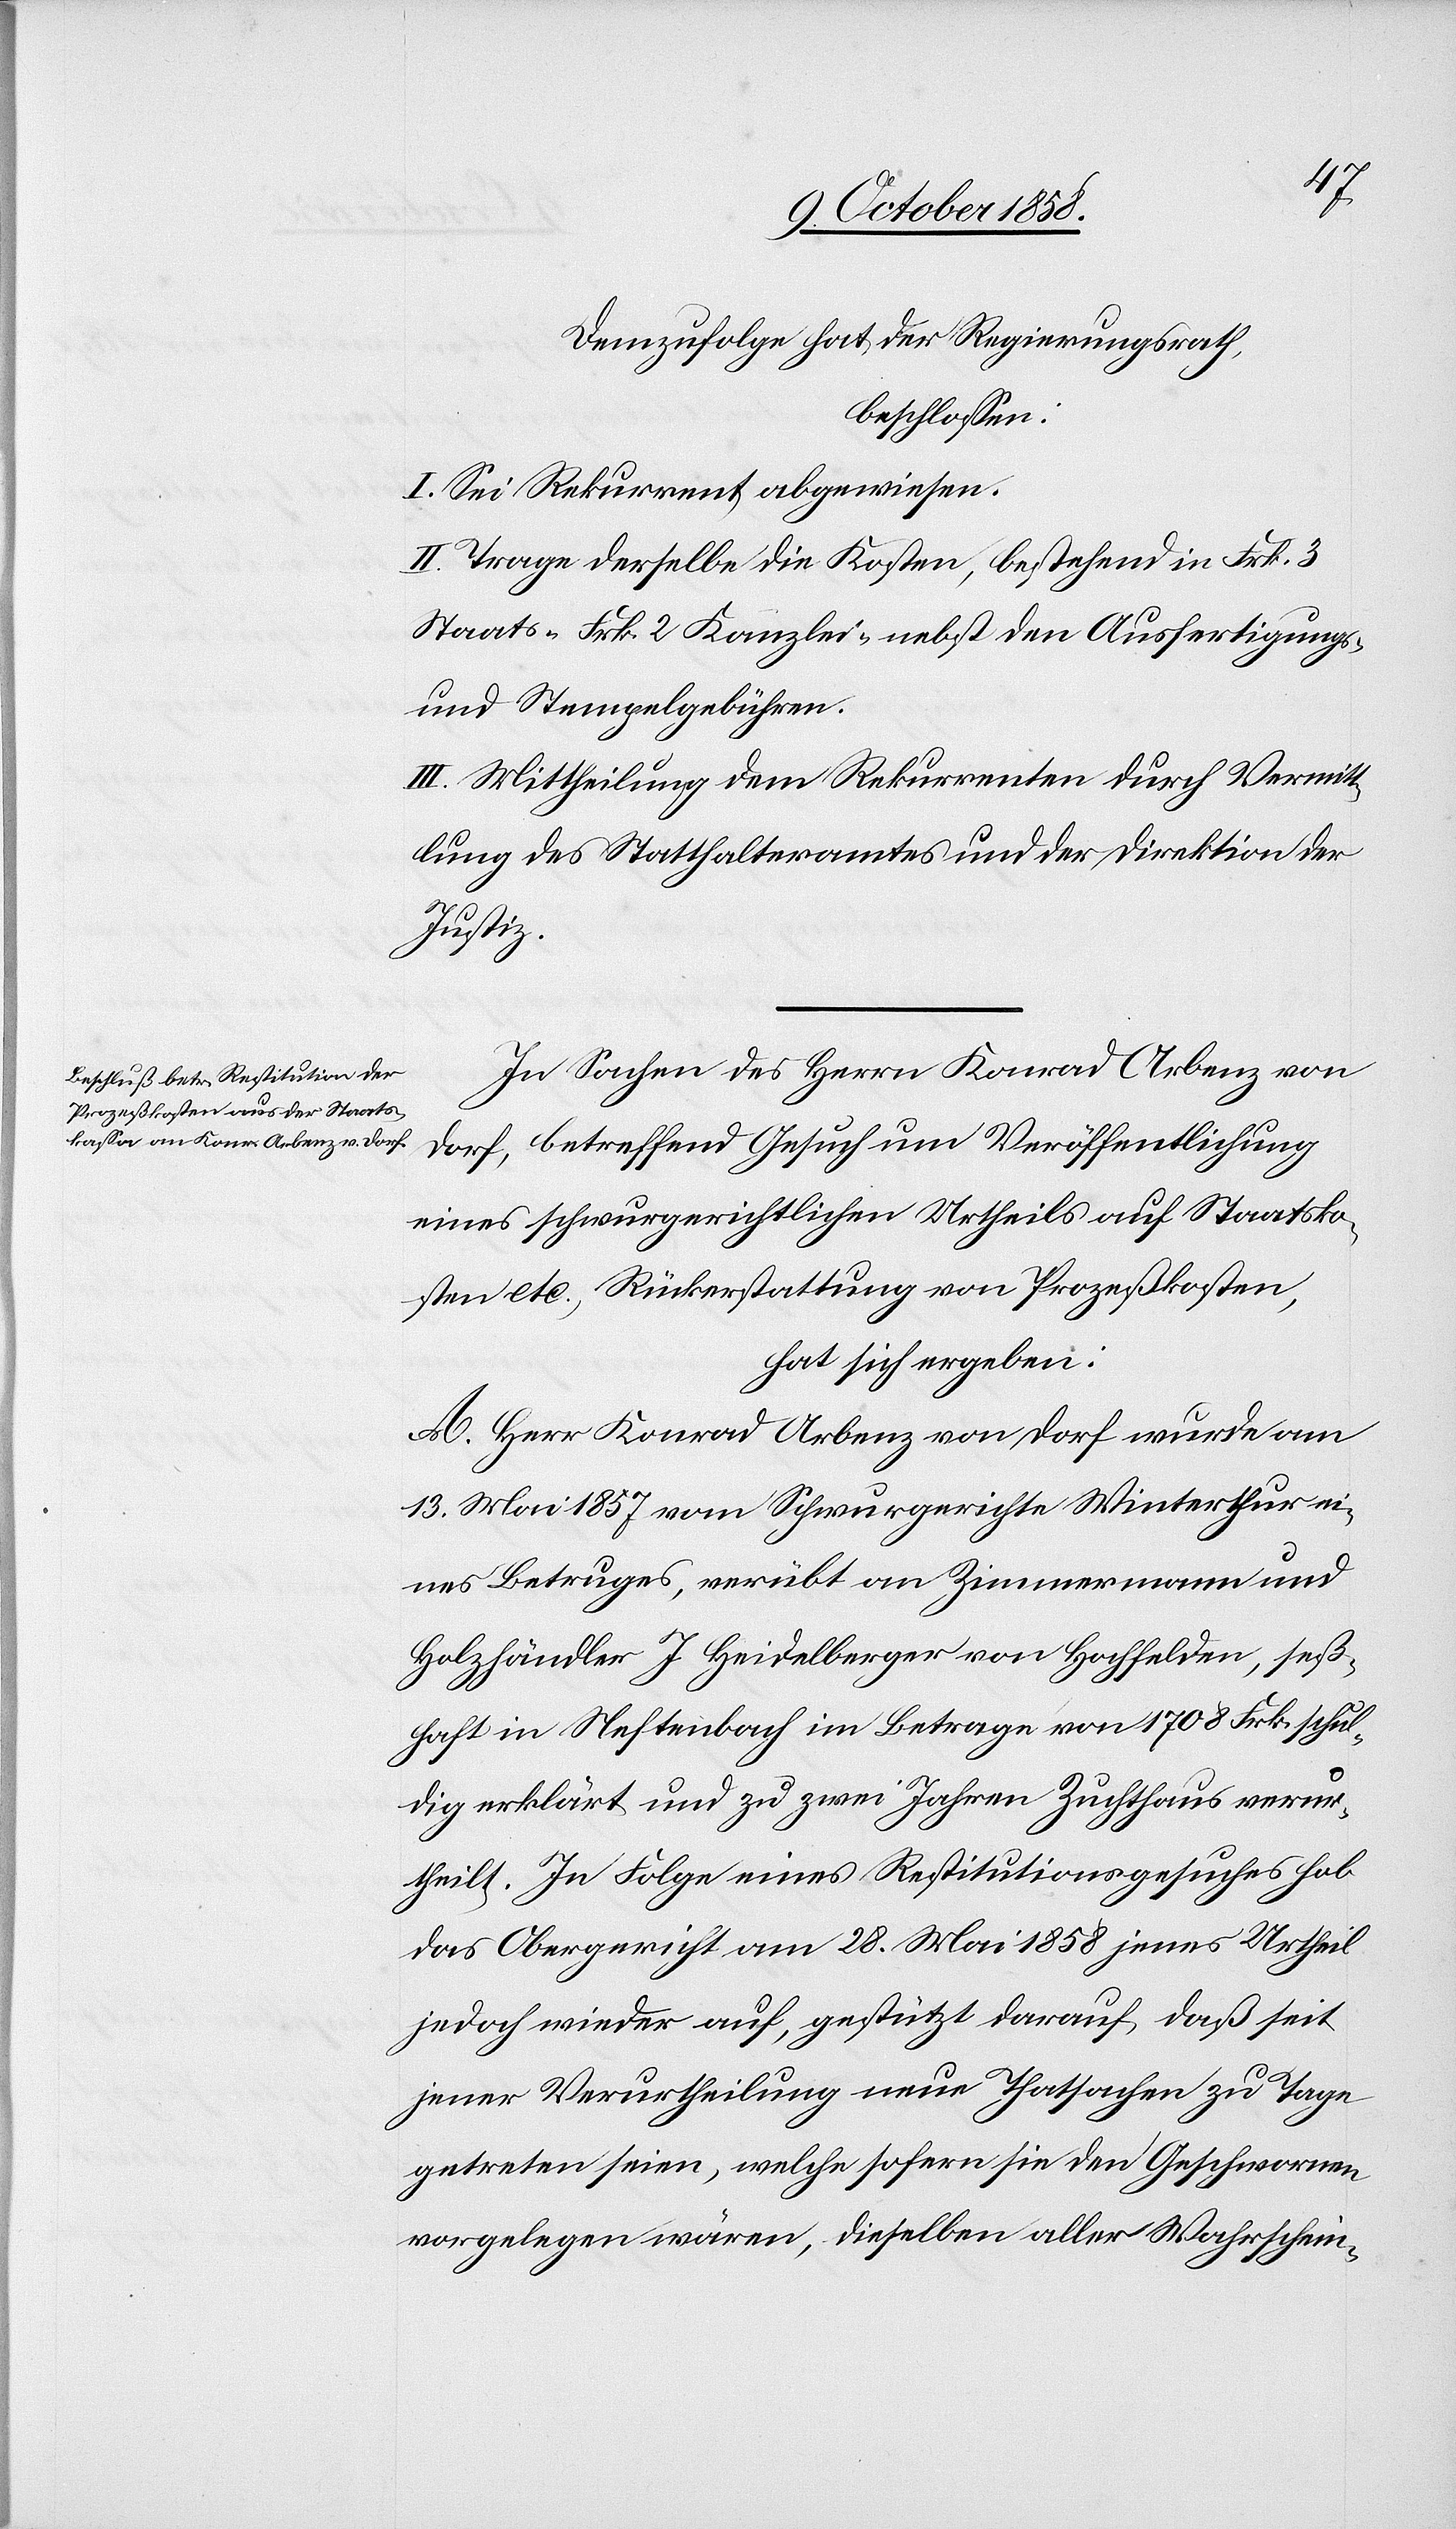
Demzufolge hat der Regierungsrath,
beschlossen:
I. Sei Rekurrent abgewiesen.
II. Trage derselbe die Kosten, bestehend in Frk. 3
Staats-[,] Frk. 2 Kanzlei-[,] nebst den Ausfertigungs-
und Stempelgebühren.
III. Mittheilung dem Rekurrenten durch Vermitt¬
lung des Statthalteramtes und der Direktion der
Justiz.
In Sachen des Herrn Konrad Arbenz von
Dorf, betreffend Gesuch um Veröffentlichung
eines schwurgerichtlichen Urtheils auf Staatsko¬
sten etc., Rückerstattung von Prozeßkosten,
hat sich ergeben:
A. Herr Konrad Arbenz von Dorf wurde am
13. Mai 1857 vom Schwurgerichte Winterthur ei¬
nes Betruges, verübt an Zimmermann und
Holzhändler J. Heidelberger von Hochfelden, seß¬
haft in Neftenbach im Betrage von 1708 Frk. schul¬
dig erklärt und zu zwei Jahren Zuchthaus verur¬
theilt. In Folge eines Restitutionsgesuches hob
das Obergericht am 28. Mai 1858 jenes Urtheil
jedoch wieder auf, gestützt darauf, daß seit
jener Verurtheilung neue Thatsachen zu Tage
getreten seien, welche sofern sie den Geschwornen
vorgelegen wären, dieselben aller Wahrschein-